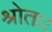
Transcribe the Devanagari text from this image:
श्रोता।